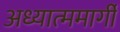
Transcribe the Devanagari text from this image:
अध्यात्ममार्गी